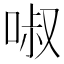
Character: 𠴫